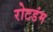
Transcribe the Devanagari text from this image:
रोटडंम